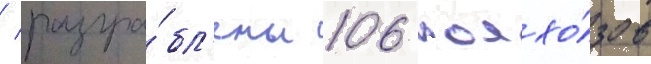
/ разгра́бл'ены 106 колхо́зов